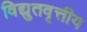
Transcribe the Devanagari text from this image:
विद्युतवृत्तीय